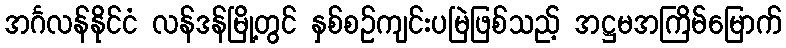
အင်္ဂလန်နိုင်ငံ လန်ဒန်မြို့တွင် နှစ်စဉ်ကျင်းပမြဲဖြစ်သည့် အဋ္ဌမအကြိမ်မြောက်